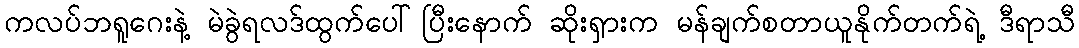
ကလပ်ဘရူဂေးနဲ့ မဲခွဲရလဒ်ထွက်ပေါ်ပြီးနောက် ဆိုးရှားက မန်ချက်စတာယူနိုက်တက်ရဲ့ ဒီရာသီ